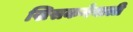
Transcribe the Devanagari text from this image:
खिसकनेवाली